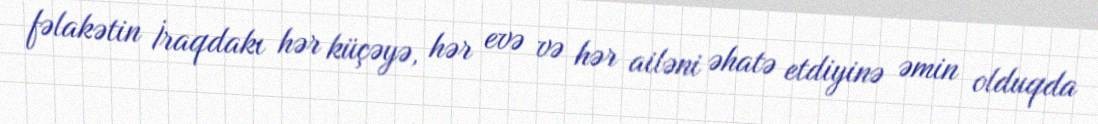
fəlakətin İraqdakı hər küçəyə, hər evə və hər ailəni əhatə etdiyinə əmin olduqda